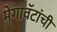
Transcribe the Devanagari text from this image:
मेगावॅटांची